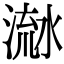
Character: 𣹭